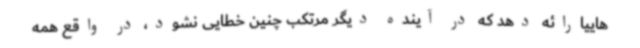
‌هاییارائه دهد که در آینده دیگر مرتکب چنین خطایی نشود، در واقع همه